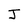
Character: J